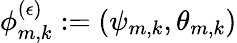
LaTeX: \phi_{m,k}^{(\epsilon)}:=(\psi_{m,k},\theta_{m,k})